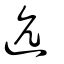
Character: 迒